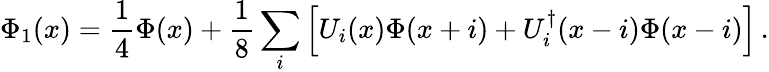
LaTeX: \Phi_{1}(x)=\frac{1}{4}\Phi(x)+\frac{1}{8}\sum_{i}\Big[U_{i}(x)\Phi(x+i)+U_{i}^{\dagger}(x-i)\Phi(x-i)\Big]\, .